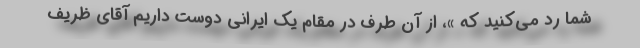
شما رد می‌کنید که »، از آن طرف در مقام یک ایرانی دوست داریم آقای ظریف